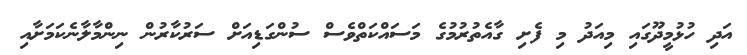
އަދި ހުޅުމީދޫގައި މިއަދު މި ފެށި ގާއެތުރުމުގެ މަސައްކަތްވެސް ސުންގަޑިއަށް ސަރުކާރުން ނިންމާލާނެކަމަށާއި